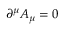
\partial ^ { \mu } A _ { \mu } = 0